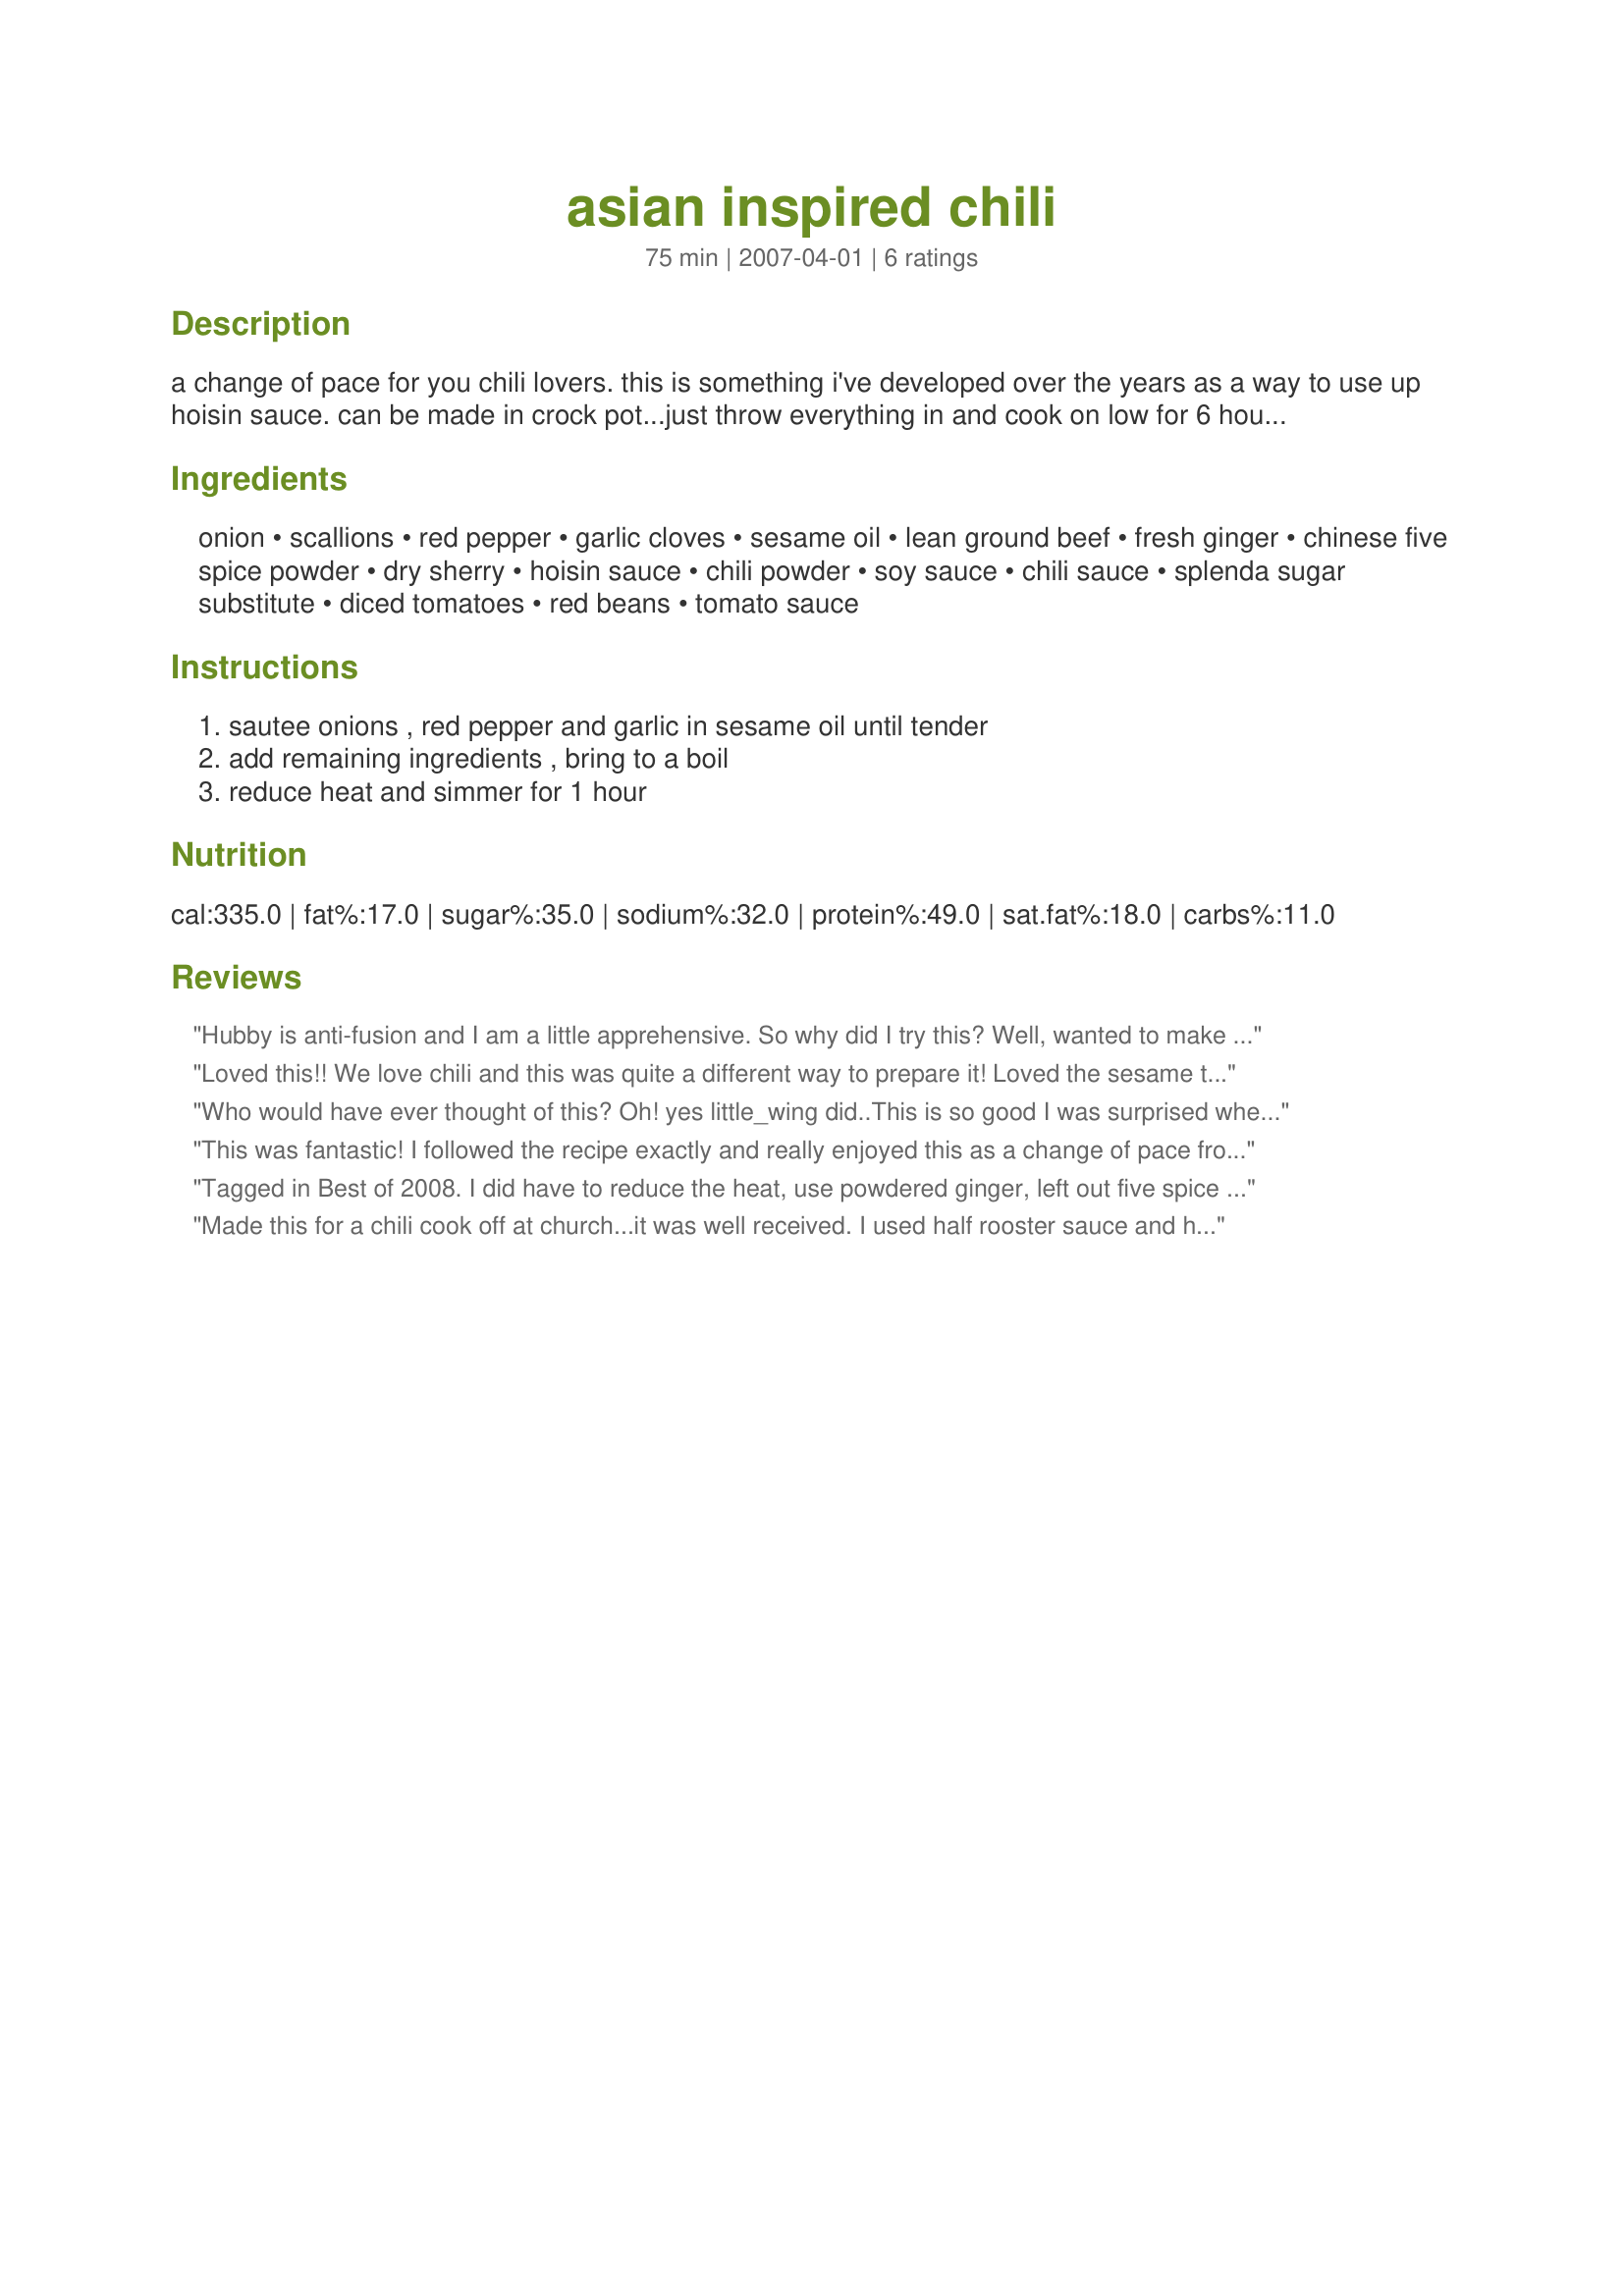
asian inspired chili
Preparation time: 75 minutes

a change of pace for you chili lovers. this is something i've developed over the years as a way to use up hoisin sauce. can be made in crock pot...just throw everything in and cook on low for 6 hours. this makes very thick chili, if you like it thinner, just add water or broth.

Ingredients:
onion, scallions, red pepper, garlic cloves, sesame oil, lean ground beef, fresh ginger, chinese five spice powder, dry sherry, hoisin sauce, chili powder, soy sauce, chili sauce, splenda sugar substitute, diced tomatoes, red beans, tomato sauce

Steps:
sautee onions , red pepper and garlic in sesame oil until tender, add remaining ingredients , bring to a boil, reduce heat and simmer for 1 hour

Reviews:
Hubby is anti-fusion and I am a little apprehensive. So why did I try this? Well, wanted to make a chili, had 1 lb of ground chicken in the freezer that "needed" attention and thought, why not? In the worst case scenario it would end up somewhere else than in our stomachs.
Made it exactly as stated and it smelled fantastic while cooking. Hubby could hardly wait to taste although he had his doubts. Finally, tasting time. I say tasting, but I had to drag him away from the pot otherwise he would have eaten his dinner there and then. It is truly outstanding! Who would have thought that these spices would go so well together. Thumbs up for a great recipe that certainly will be made again.
Thanks for posting.
Loved this!! We love chili and this was quite a different way to prepare it! Loved the sesame taste! Made the recipe as is but used a whole 28 oz can of diced tomatoes and cooked it for about 2 hours. Mmmmmm! Thanks little_wing!
Who would have ever thought of this? Oh! yes little_wing did..This is so good I was surprised when I got to the chili powder..now we have a touch of Mexican with Asian?? The flavors worked so good together. DH came in while I was preparing the dish. Took a bite out of the pot and said "What are you fixing again?" I told him and he said "It needs some more spice". I looked at him and said "I haven't added any yet!" He said "Well it pretty good anyway" I served this over rice and some cornbread next to it. Not sure if cornbread goes with it but we enjoyed it anyway. This is really, really, really good. If you love chile please try it. Thanks little_wing for posting.
This was fantastic! I followed the recipe exactly and really enjoyed this as a change of pace from my regular chili. Thanks, Little Wing!
Tagged in Best of 2008. I did have to reduce the heat, use powdered ginger, left out five spice (don't like) and used mirin for sherry. Also put lentils in instead of beans (those are easier to hide!) DH and I liked it, as did 1 child. I think it was too many flavors for the other kids. Thanks!
Made this for a chili cook off at church...it was well received. I used half rooster sauce and half spicy Thai chili sauce. I finely chopped the ginger and cooked that with the onions, scallions and peppers. I used a little more tomato sauce to thin it at the end and splashed a little more soy sauce and rooster sauce in. Served with chopped scallions. Will keep this recipe!
